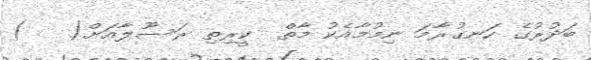
ބަދުރުގެ ހަނގުރާމަ ނިމުމާއެކު މާތް  ކީރިތި ރަސޫލާއަށް(   )